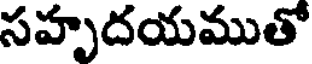
సహృదయముతో